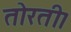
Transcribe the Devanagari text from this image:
तोरती।